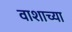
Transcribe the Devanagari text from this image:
वाशाच्या